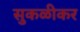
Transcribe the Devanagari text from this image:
सुकळीकर